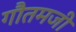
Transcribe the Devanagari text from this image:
गौतमजी